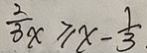
\frac { 2 } { 3 x } \geq x - \frac { 1 } { 3 } .